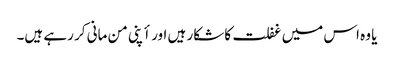
یا وہ اس میں غفلت کا شکار ہیں اور أپنی من مانی کر رہے ہیں۔